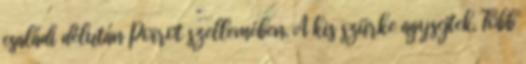
családi délután Poirot szellemében. A kis szürke agysejtek. Több